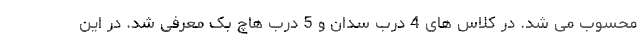
محسوب می شد. در کلاس های 4 درب سدان و 5 درب هاچ بک معرفی شد. در این